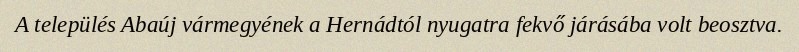
A település Abaúj vármegyének a Hernádtól nyugatra fekvő járásába volt beosztva.